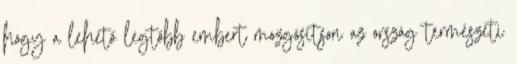
hogy a lehető legtöbb embert mozgósítson az ország természeti